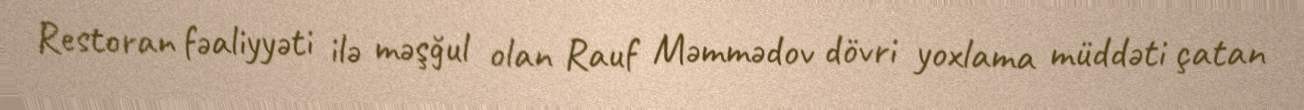
Restoran fəaliyyəti ilə məşğul olan Rauf Məmmədov dövri yoxlama müddəti çatan